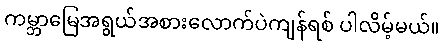
ကမ္ဘာမြေအရွယ်အစားလောက်ပဲကျန်ရစ် ပါလိမ့်မယ်။